Leprosy in India: report of the Leprosy Commission in India, 1890-91
Year: 1890
Disease focus: Leprosy
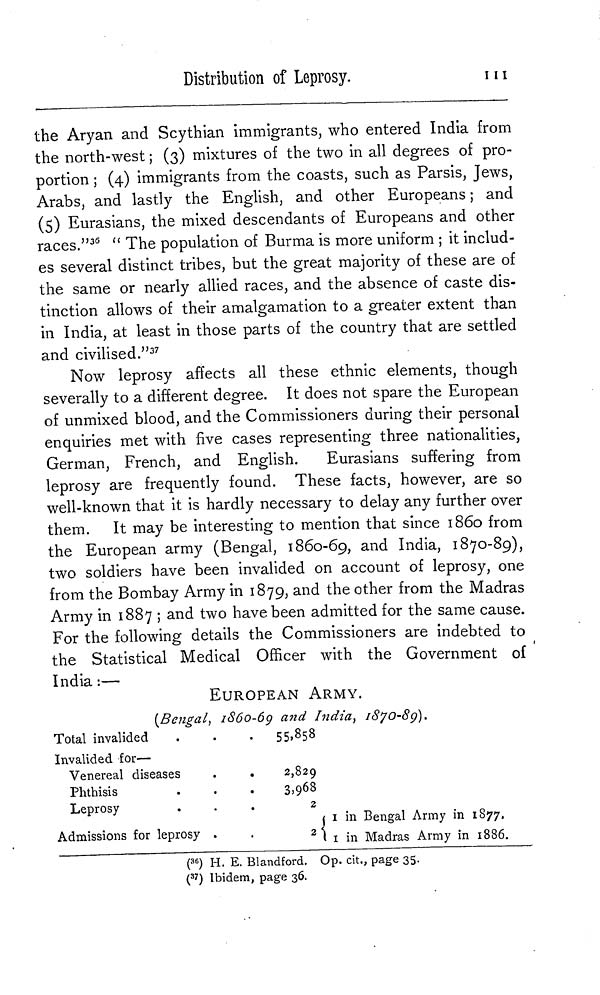
Distribution of Leprosy.
111
the Aryan and Scythian immigrants, who entered India from
the north-west ; (3) mixtures of the two in all degrees of pro-
portion ; (4) immigrants from the coasts, such as Parsis, Jews,
Arabs, and lastly the English, and other Europeans ; and
(5) Eurasians, the mixed descendants of Europeans and other
races." 36 “ The population of Burma is more uniform ; it includ-
es several distinct tribes, but the great majority of these are of
the same or nearly allied races, and the absence of caste dis-
tinction allows of their amalgamation to a greater extent than
in India, at least in those parts of the country that are settled
and civilised." 37
Now leprosy affects all these ethnic elements, though
severally to a different degree. It does not spare the European
of unmixed blood, and the Commissioners during their personal
enquiries met with five cases representing three nationalities,
German, French, and English.
Eurasians suffering from
leprosy are frequently found. These facts, however, are so
well-known that it is hardly necessary to delay any further over
them. It may be interesting to mention that since 1860 from
the European army (Bengal, 1860-69, and India, 1870-89),
two soldiers have been invalided on account of leprosy, one
from the Bombay Army in 1879, and the other from the Madras
Army in 1887 ; and two have been admitted for the same cause.
For the following details the Commissioners are indebted to
the Statistical Medical Officer with the Government of
India :—
EUROPEAN ARMY.
(Bengal, 1860-69 and India, 1870-80).
Total invalided
Invalided for—
Venereal diseases
Phthisis
Leprosy
Admissions for leprosy
•
a
•
55.858
2,829
3,968
2
1 in Bengal Army in 1877,
2 1 in Madras Army in 1886.
( 36 ) H. E. Blandford. Op. cit., page 35.
( 37 ) Ibidem, page 36.